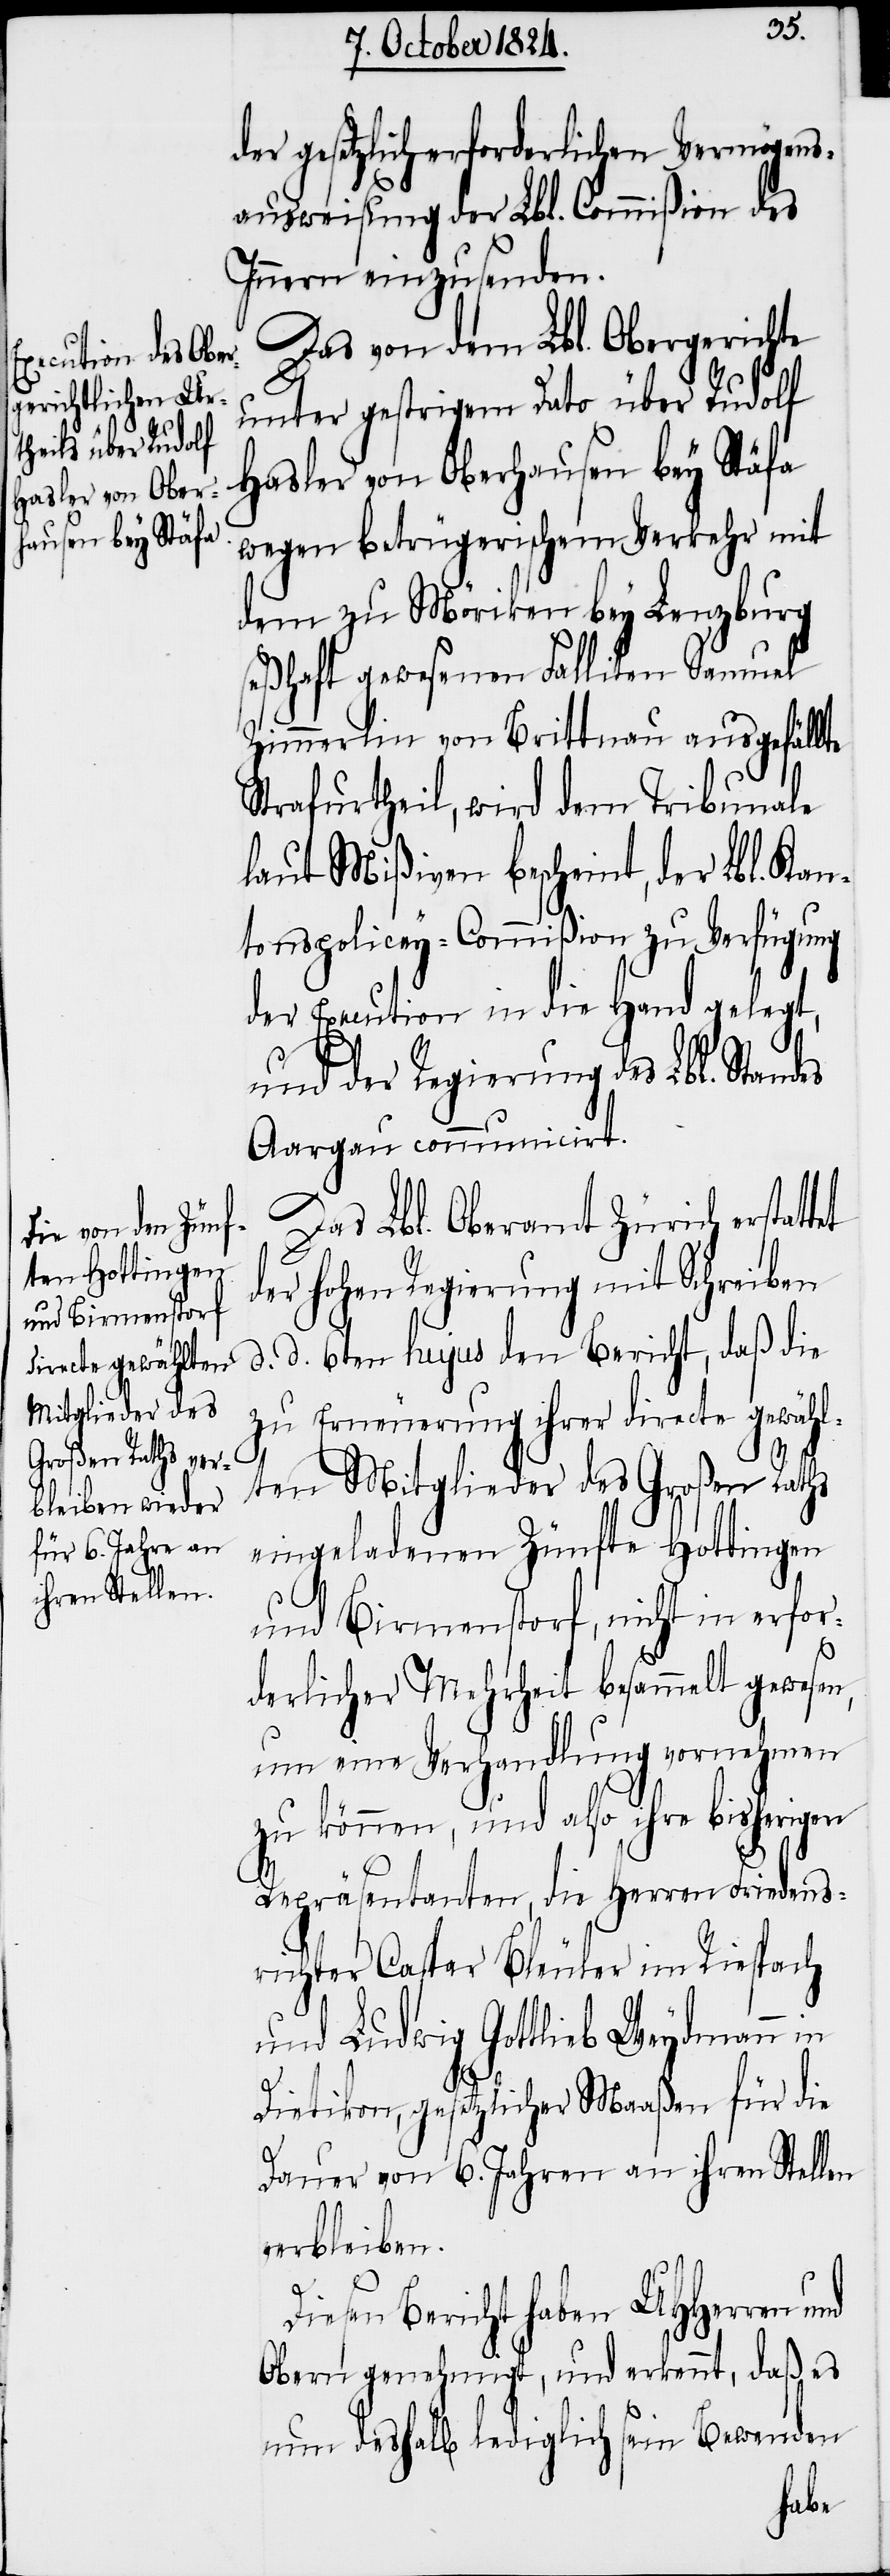
et

der gesetzlich erforderlichen Vermögens¬
ausweisung der Lbl. Commißion des
Innern einzusenden.
Das von dem Lbl. Obergerichte
unter gestrigem Dato über Rudolf
Hasler von Oberhausen bey Stäfa
wegen betrügerischem Verkehr mit
dem zu Mörikon bey Lenzburg
seßhaft gewesenen Falliten Samuel
Zimmerlin von Brittnau ausgefällte
Strafurtheil, wird dem Tribunale
laut Mißiven bescheint, der Lbl. Kan¬
tonspolicey-Commißion zu Verfügung
der Execution in die Hand gelegt,
und der Regierung des Lbl. Stand¬
Aargau communicirt.
Das Lbl. Oberamt Zürich erstatt¬
der hohen Regierung mit Schreiben
d. d. 6ten hujus den Bericht, daß die
zu Erneuerung ihrer directe gewählt¬
en Mitglieder des Großen Raths
eingeladenen Zünfte Hottingen
und Birmenstorf, nicht in erfor¬
derlicher Mehrheit besammelt gewesen,
um eine Verhandlung vornehmen
zu können, und also ihre bisherigen
Repräsentanten, die Herren Friedens¬
richter Caspar Bleuler im Riespach
und Ludwig Gottlieb Weydmann in
Dietikon, gesetzlicher Maaßen für die
Dauer von 6. Jahren an ihren Stellen
verbleiben.
Diesen Bericht haben UHHerren und
Obern genehmigt, und erkennt, daß es
nun deshalb lediglich sein Bewenden